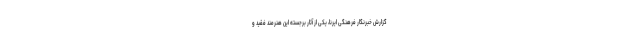
گزارش خبرنگار فرهنگی ایرنا، یکی از آثار برجستهٔ این هنرمند فقید و